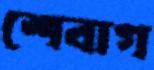
শেবাগ